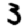
Digit: 3